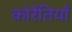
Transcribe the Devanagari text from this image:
कोरेंतियाँ